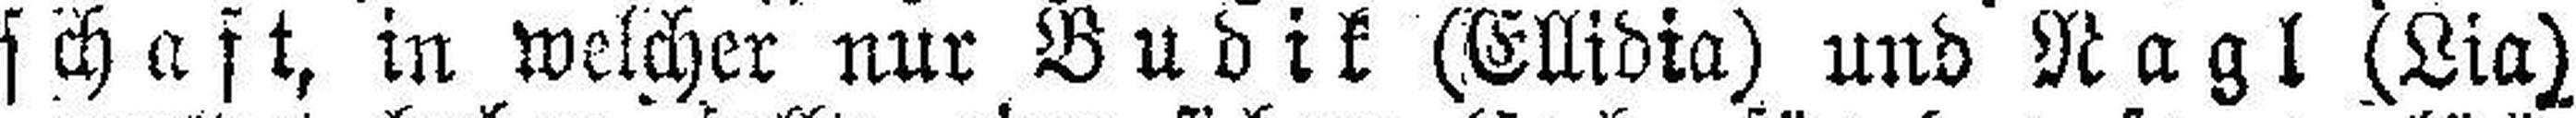
schaft, in welcher nur Budik (Ellidia) und Nagl (Lia)